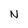
Character: N